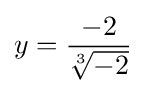
y={\frac {-2}{\sqrt[{3}]{-2}}}